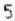
5